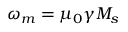
\omega _ { m } = \mu _ { 0 } \gamma M _ { s }